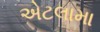
એટલામા